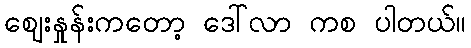
ဈေးနှုန်းကတော့ ဒေါ်လာ ကစ ပါတယ်။